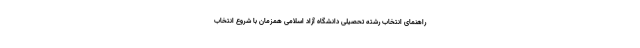
راهنمای انتخاب رشته تحصیلی دانشگاه آزاد اسلامی همزمان با شروع انتخاب